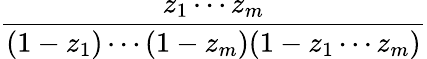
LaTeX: \frac{z_{1}\cdots z_{m}}{(1-z_{1})\cdots(1-z_{m})(1-z_{1}\cdots z_{m})}